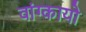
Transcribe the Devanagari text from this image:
वांग्कायो